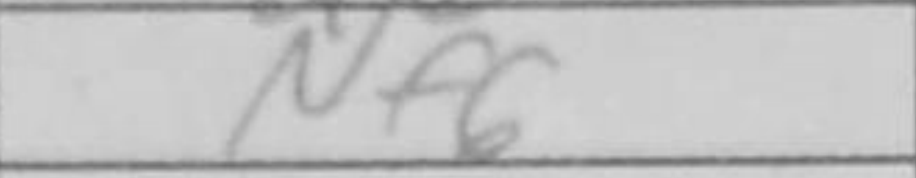
Transcription: Nf6